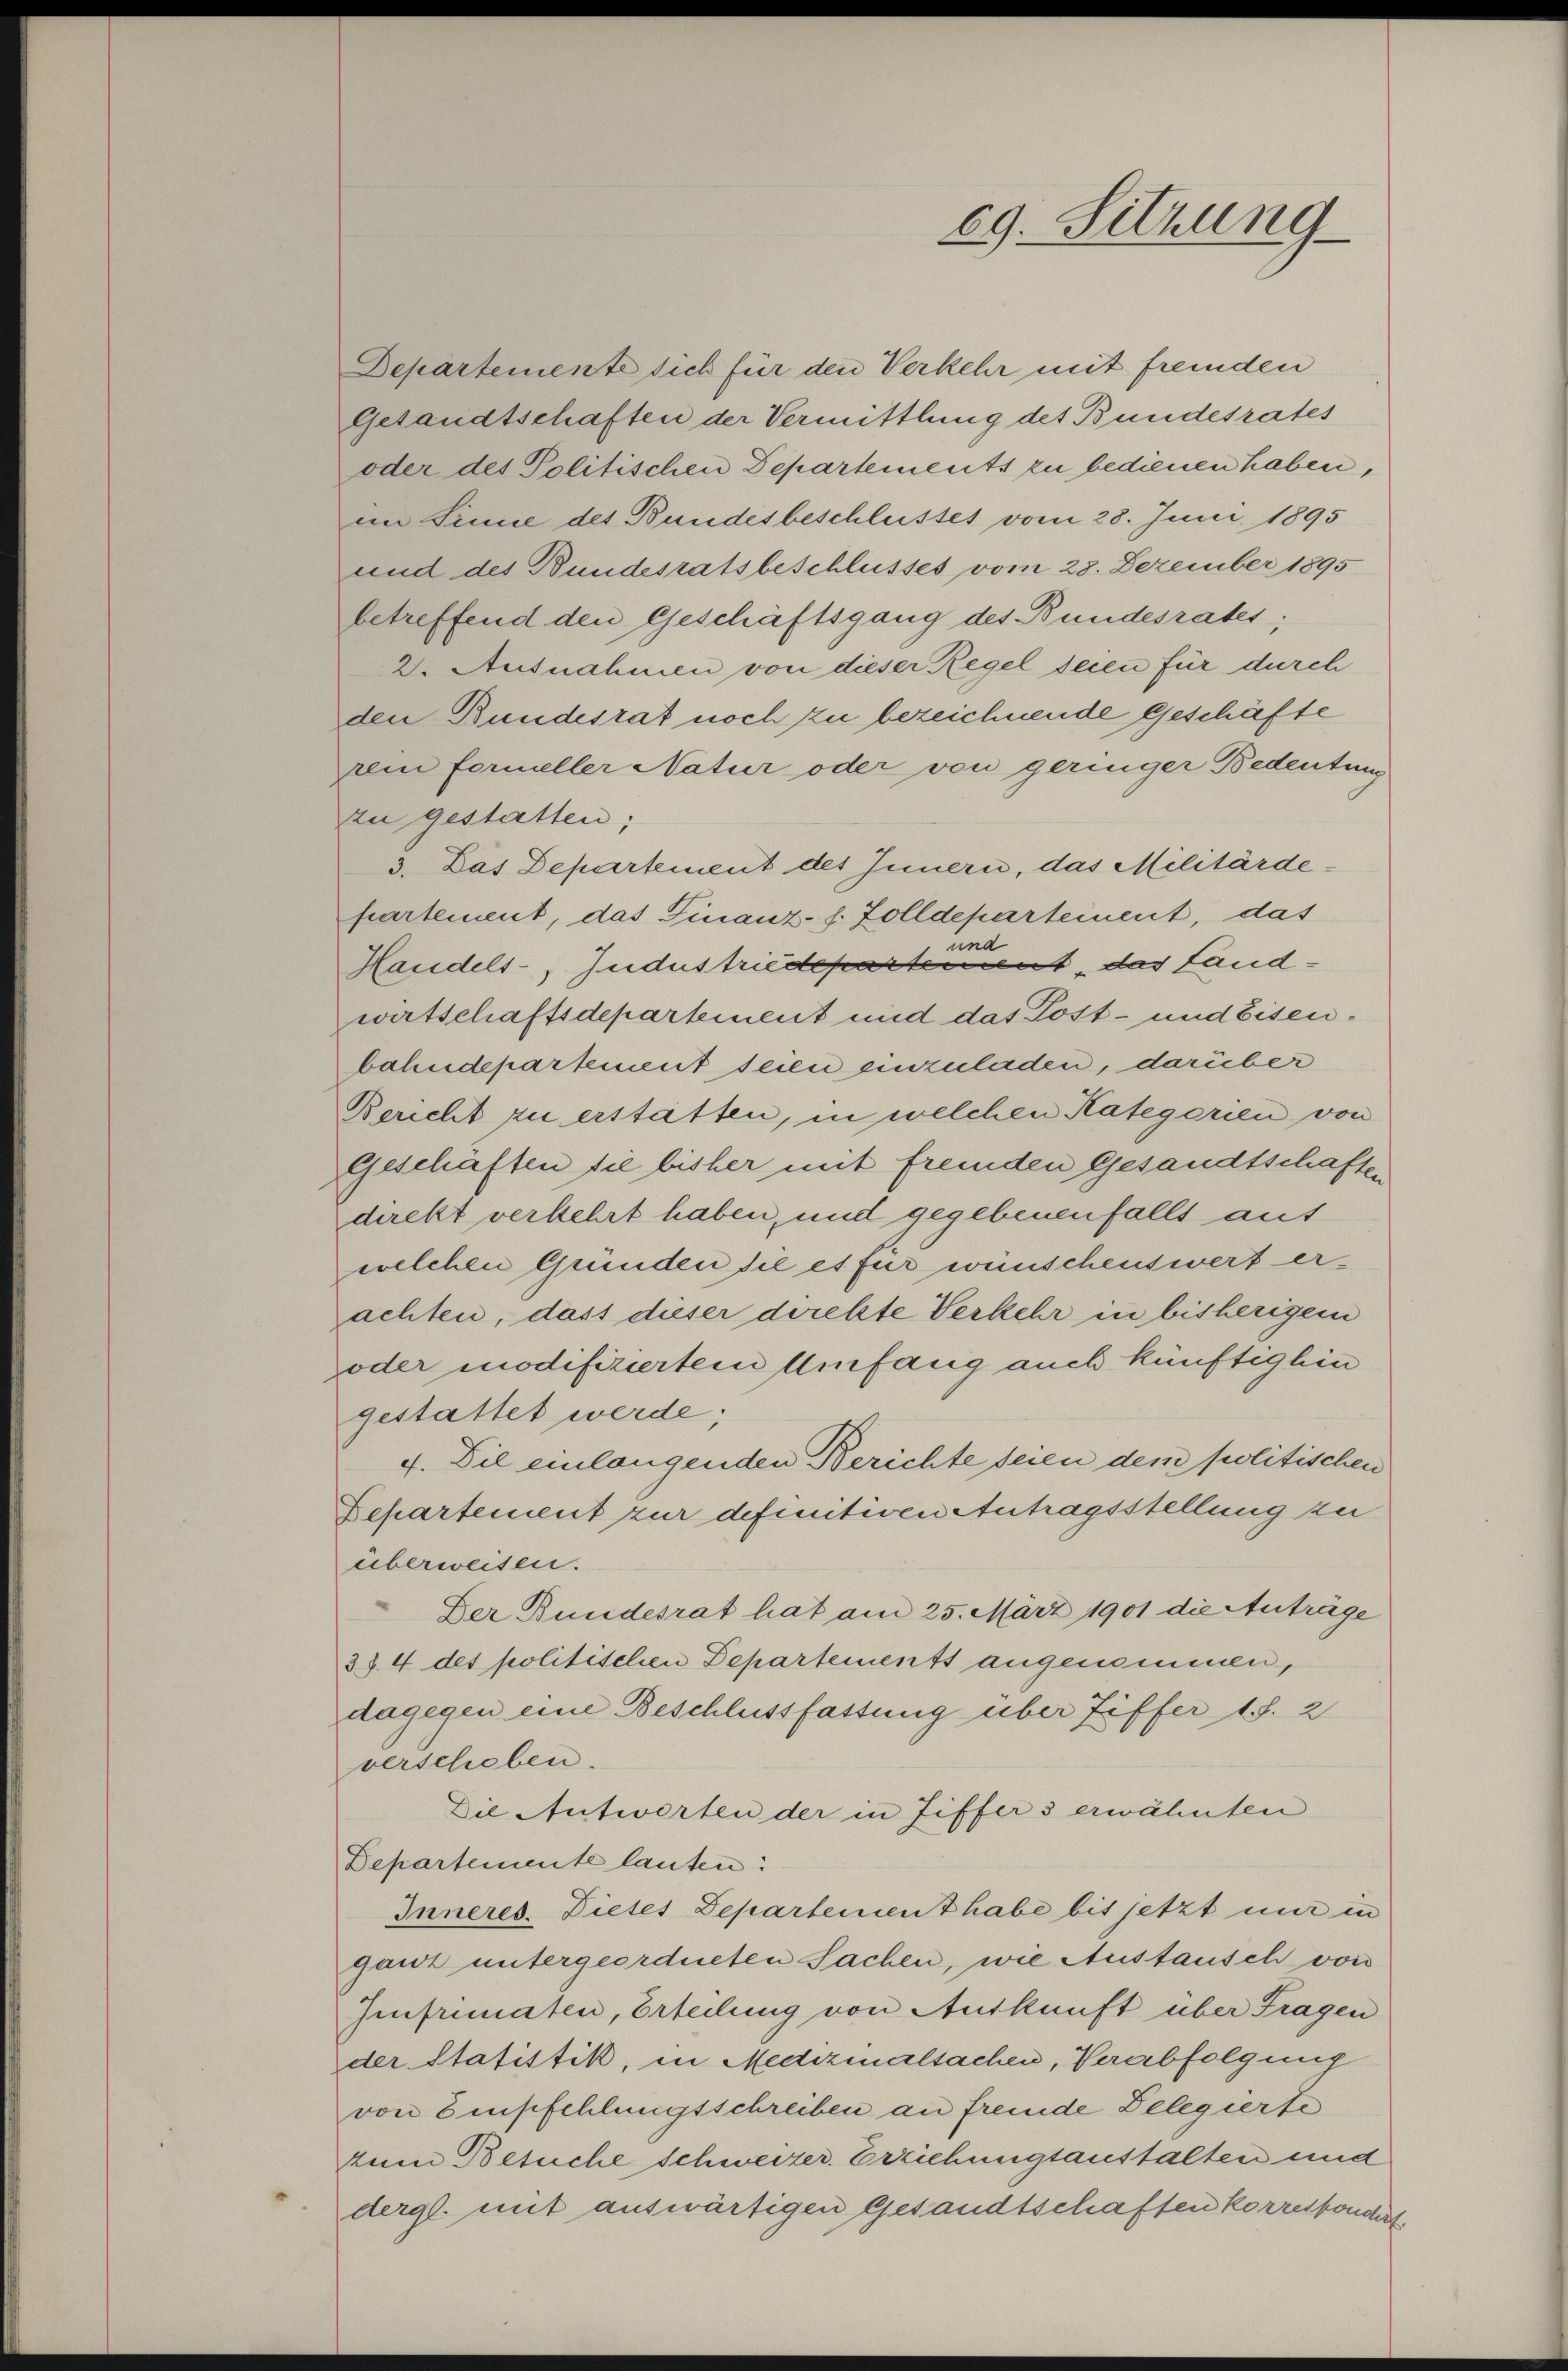
Departemente sich für den Verkehr mit fremden
Gesandtschaften der Vermittlung des Bundesrates
oder des Politischen Departements zu bedienen haben,
im Sinne des Bundesbeschlusses vom 28. Juni 1895
und des Bundesratsbeschlusses vom 23. Dezember 1895
betreffend den Geschäftsgang des Bundesrates;
2. Ausnahmen von dieser Regel seien für durch
den Bundesrat noch zu bezeichnende geschäfte
kein formeller Natur oder von geringer Bedeutung
zu gestatten;
3. Das Departement des Innern, das Militärdehartement, das Finanz- s. Zolldepartement, das
und
Handels- Jndustriedepartement, das Landwirtschaftsdepartement und das Post- und Eisenbahndepartement seien einzuladen, darüber
Bericht zu erstatten, in welchen Kategorien von
Geschäften die bisher mit fremden Gesandtschaften
direkt verkehrt haben, und gegebenenfalls aus
welchen Gründen sie es für wünschenswert erachten, dass dieser direkte Verkehr in bisherigem
oder modifiziertem Umfang auch künftighin
gestattet werde;
4. Die einlangenden Berichte seien dem politischen
Departement zur definitiven Antragsstellung zu
überweisen.
Der Bundesrat hat am 25. März 1901 die Anträge
374 des politischen Departements angenommen,
dagegen eine Beschlussfassung über Ziffer 18. 2
verschieben.
Die Antworten der in Ziffer 3 erwähnten
Departemente lauten:
Inneres. Dietes Departement habe bis jetzt nur in
ganz untergeordneten Sachen, wie Austausch von
Iinfrimaten, Erteilung von Auskunft über Fragen
der Statistik, in Medizinalsachen, Verabfolgung
von Empfehlungsschreiben an fremde Delegierte
zum Besuche schweizer. Erziehungsanstalten und
dergl. mit auswärtigen Gesandtschaften korrespondirt

69. Sitzung